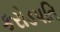
કરોડપતિ